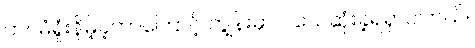
ထပ်မံရှုံးနိမ့်ခဲ့တာကြောင့် ကျွန်းမှာပဲ သေဆုံးခဲ့ရရှာပါတယ်။